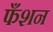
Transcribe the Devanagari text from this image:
फँशन